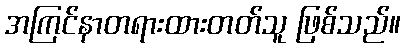
အကြင်နာတရားထားတတ်သူ ဖြစ်သည်။